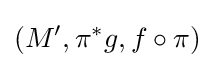
(M',\pi ^{\ast }g,f\circ \pi )